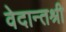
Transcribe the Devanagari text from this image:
वेदान्तश्री